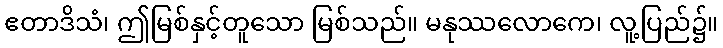
ဧတာဒိသံ၊ ဤမြစ်နှင့်တူသော မြစ်သည်။ မနုဿလောကေ၊ လူ့ပြည်၌။